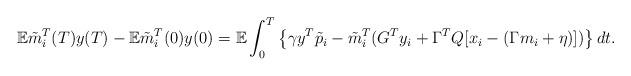
LaTeX: \begin{align*}{\mathbb E}\tilde m_i^T(T) y(T)-{\mathbb E}\tilde m_i^T(0) y(0)={\mathbb E} \int_0^T\left\{ \gamma y^T \tilde p_i - \tilde m_i^T (G^T y_i +\Gamma^T Q[x_i-(\Gamma m_i+\eta)])\right\}dt. \end{align*}